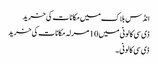
انڈس بلاک میں مکانات کی خرید
ڈی سی کالونی میں 10 مرلہ مکانات کی خرید
ڈی سی کالونی ۔